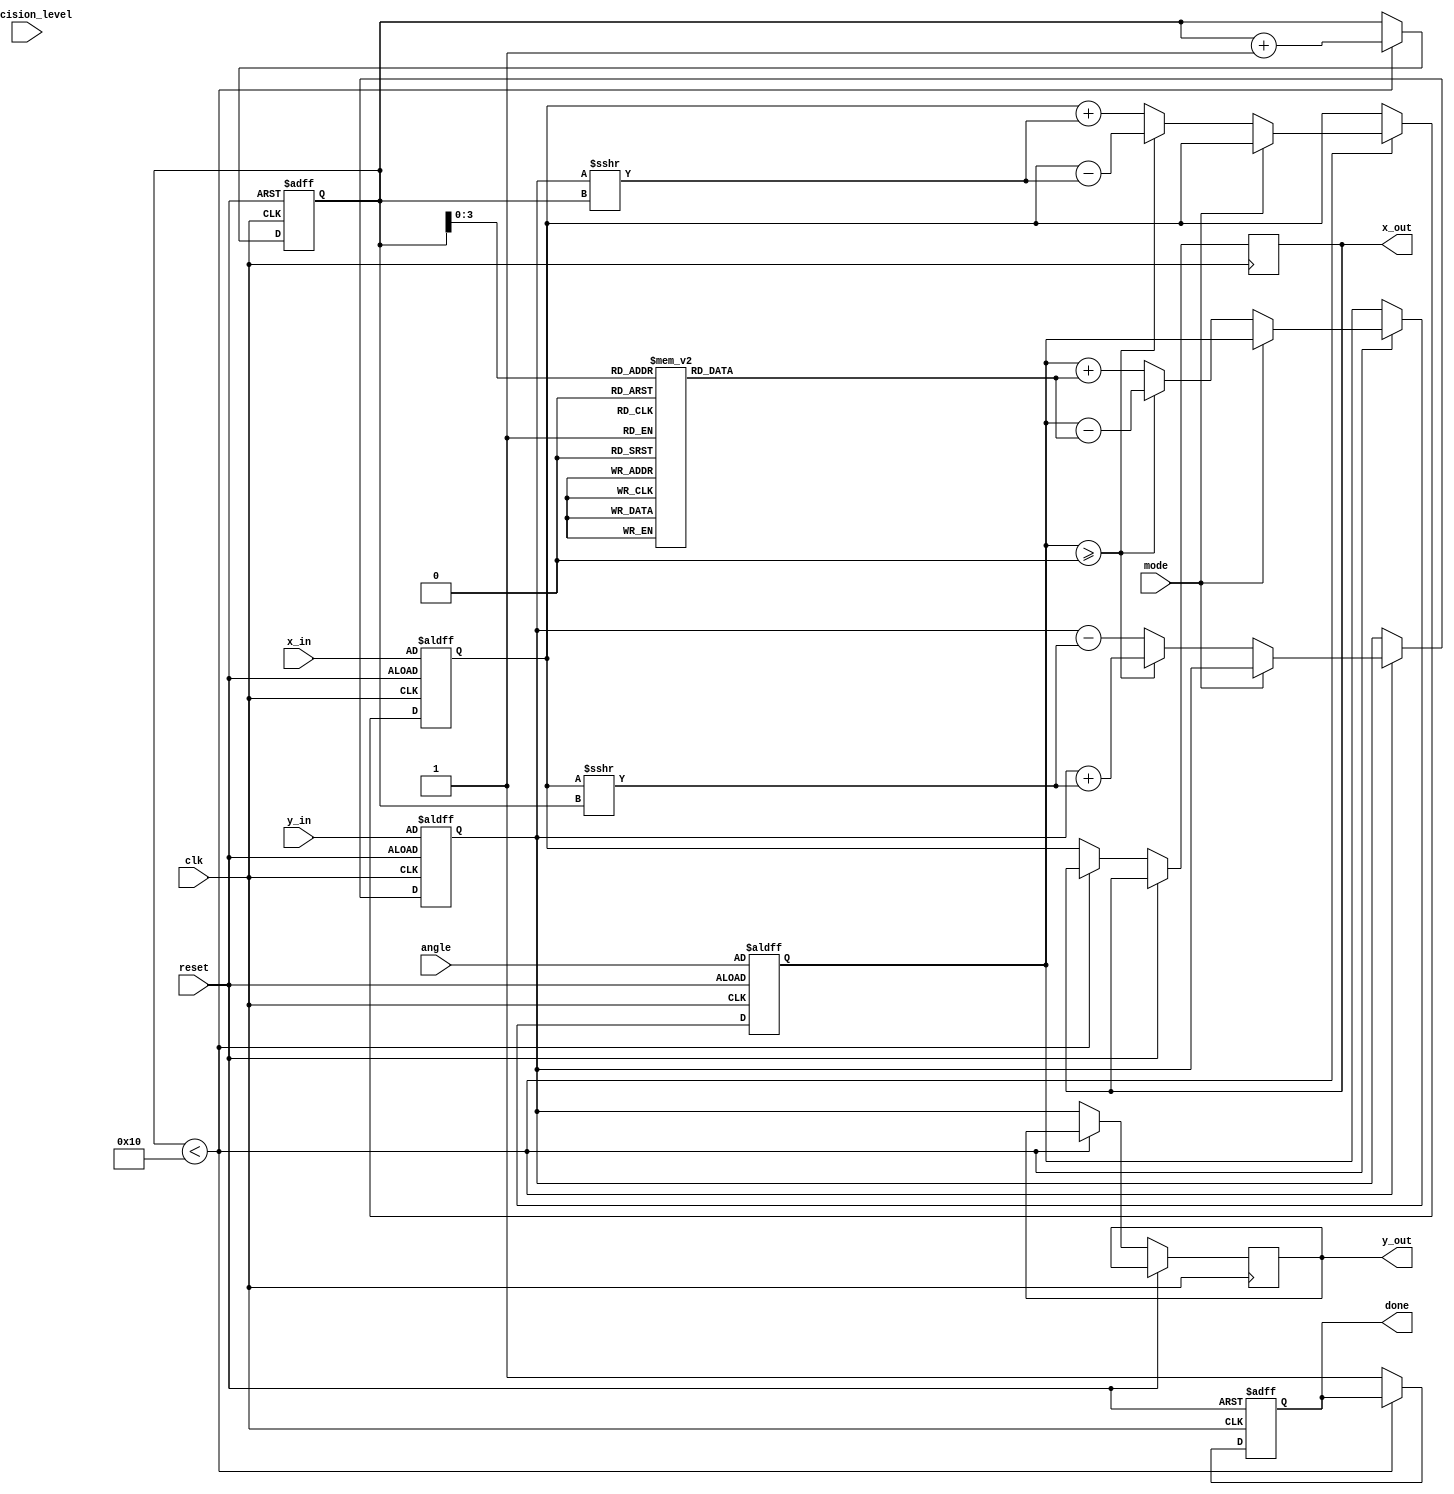
module adaptive_cordic #(
    parameter DATA_WIDTH = 16,       // Width of the input/output data
    parameter MAX_ITERATIONS = 16     // Maximum iterations for CORDIC
)(
    input wire clk,                   // Clock
    input wire reset,                 // Reset signal
    input wire [DATA_WIDTH-1:0] angle,  // Input angle
    input wire [DATA_WIDTH-1:0] x_in,    // Input x value
    input wire [DATA_WIDTH-1:0] y_in,    // Input y value
    input wire mode,                  // Mode selection (0: rotation, 1: vectoring)
    input wire [1:0] precision_level, // Precision control
    output reg [DATA_WIDTH-1:0] x_out, // Output x value
    output reg [DATA_WIDTH-1:0] y_out, // Output y value
    output reg done                   // Computation done signal
);

    reg [DATA_WIDTH-1:0] x_curr, y_curr;
    reg [DATA_WIDTH-1:0] angle_curr;
    reg [4:0] iteration;              // Counter for iterations

    // Lookup table for atan(2^-i)
    reg [DATA_WIDTH-1:0] atan_table [0:15];
    initial begin
        atan_table[0] = 16'h3C90;  // atan(1) in Q-format
        atan_table[1] = 16'h3F2A;  // atan(0.5) in Q-format
        atan_table[2] = 16'h3F9E;  // atan(0.25) in Q-format
        atan_table[3] = 16'h3FC5;  // atan(0.125) in Q-format
        // ... Initialize other values as needed
    end

    // Control unit for iteration
    always @(posedge clk or posedge reset) begin
        if (reset) begin
            iteration <= 0;
            x_curr <= x_in;
            y_curr <= y_in;
            angle_curr <= angle;
            done <= 0;
        end else if (iteration < MAX_ITERATIONS) begin
            // CORDIC iteration
            if (mode == 0) begin // Rotation mode
                if (angle_curr >= 0) begin
                    x_curr <= x_curr - (y_curr >>> iteration);
                    y_curr <= y_curr + (x_curr >>> iteration);
                    angle_curr <= angle_curr - atan_table[iteration];
                end else begin
                    x_curr <= x_curr + (y_curr >>> iteration);
                    y_curr <= y_curr - (x_curr >>> iteration);
                    angle_curr <= angle_curr + atan_table[iteration];
                end
            end else begin // Vectoring mode
                // Implement vectoring logic here
            end
            iteration <= iteration + 1;
        end else begin
            x_out <= x_curr;
            y_out <= y_curr;
            done <= 1; // Indicate that computation is done
        end
    end

endmodule